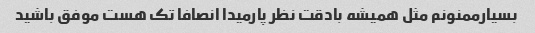
بسیارممنونم مثل همیشه بادقت نظر پارمیدا انصافا تک هست موفق باشید